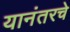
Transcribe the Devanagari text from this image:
यानंतरचे